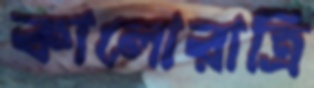
কালোরাত্রি